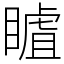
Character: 䁦